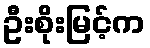
ဦးစိုးမြင့်က